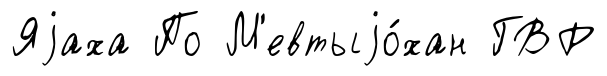
Яjаха По М'евтыjо́хан ГВР